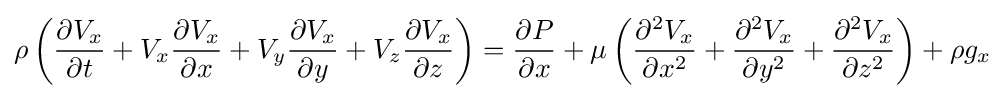
\rho \left({\frac {\partial V_{x}}{\partial t}}+V_{x}{\frac {\partial V_{x}}{\partial x}}+V_{y}{\frac {\partial V_{x}}{\partial y}}+V_{z}{\frac {\partial V_{x}}{\partial z}}\right)={\frac {\partial P}{\partial x}}+\mu \left({\frac {\partial ^{2}V_{x}}{\partial x^{2}}}+{\frac {\partial ^{2}V_{x}}{\partial y^{2}}}+{\frac {\partial ^{2}V_{x}}{\partial z^{2}}}\right)+\rho g_{x}